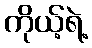
ကိုယ့်ရဲ့